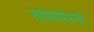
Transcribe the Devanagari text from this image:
तापवलेल्या